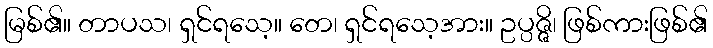
မြစ်၏။ တာပသ၊ ရှင်ရသေ့။ တေ၊ ရှင်ရသေ့အား။ ဥပ္ပဇ္ဇိ၊ ဖြစ်ကားဖြစ်၏